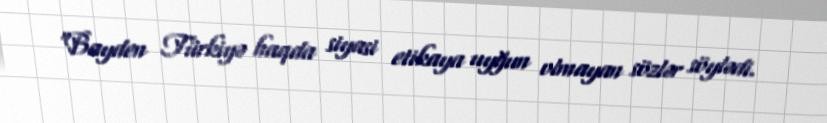
“Bayden Türkiyə haqda siyasi etikaya uyğun olmayan sözlər söylədi.